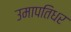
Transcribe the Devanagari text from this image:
उमापतिधर